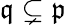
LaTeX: {\mathfrak{q}}\subsetneq{\mathfrak{p}}